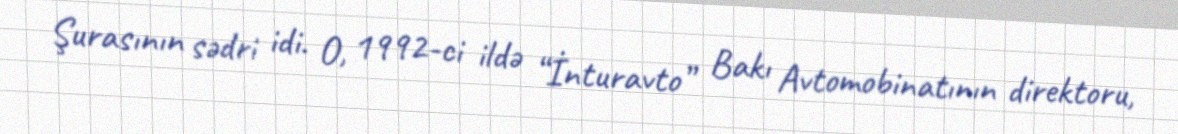
Şurasının sədri idi. O, 1992-ci ildə “İnturavto” Bakı Avtomobinatının direktoru,